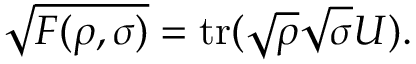
{ \sqrt { F ( \rho , \sigma ) } } = \operatorname { t r } ( { \sqrt { \rho } } { \sqrt { \sigma } } U ) .